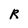
Character: R